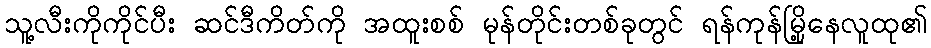
သူ့လီးကိုကိုင်ပီး ဆင်ဒီကိတ်ကို အထူးစစ် မုန်တိုင်းတစ်ခုတွင် ရန်ကုန်မြို့နေလူထု၏